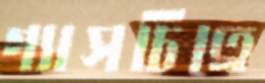
গ্যাসচিত্রে